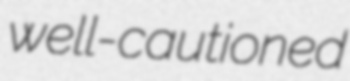
well-cautioned